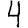
Digit: 4